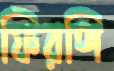
ফিরঙ্গি